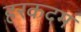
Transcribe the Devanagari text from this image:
हरकदम